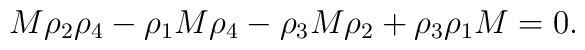
M\rho_2\rho_4 -\rho_1 M \rho_4 -\rho_3 M \rho_2 + \rho_3\rho_1 M =0.